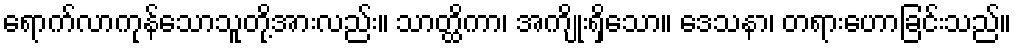
ရောက်လာကုန်သောသူတို့အားလည်း။ သာတ္ထိကာ၊ အကျိုးရှိသော။ ဒေသနာ၊ တရားဟောခြင်းသည်။